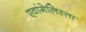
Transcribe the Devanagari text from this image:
एवांगेलिस्ता